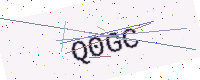
Text: Q0GC